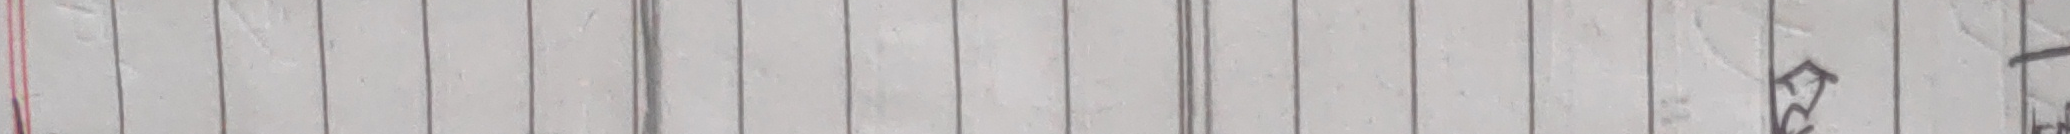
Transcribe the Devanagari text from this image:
खु